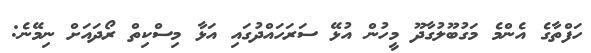
ހަފްތާގެ އެންމެ މަގުބޫލުގާދޫ މީހުން އުޅޭ ސަރަހައްދުގައި އަޅާ މިސްކިތް ރޯދައަށް ނިމޭނެ: